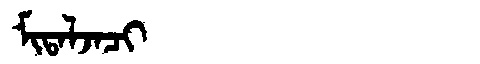
Manchu: ᠮᡳᡨᠠᠯᠵᠠᠴᡳ
Romanization: MITALJACI